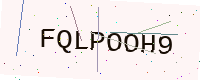
Text: FQLPOOH9